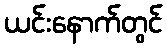
ယင်းနောက်တွင်